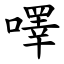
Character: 㘁